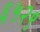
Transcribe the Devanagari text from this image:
६५२९